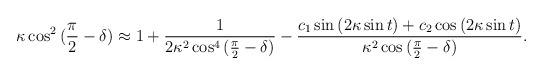
\begin{align*}\kappa \cos^{2}{(\frac{\pi}{2}-\delta)}\approx 1+\frac{1}{2\kappa^{2}\cos^{4}{(\frac{\pi}{2}-\delta)}} - \frac{c_{1}\sin{(2\kappa\sin{t})}+c_{2}\cos{(2\kappa\sin{t})}}{\kappa^{2}\cos{(\frac{\pi}{2}-\delta)}}.\end{align*}